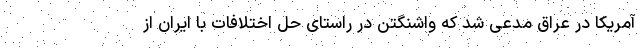
آمریکا در عراق مدعی شد که واشنگتن در راستای حل اختلافات با ایران از